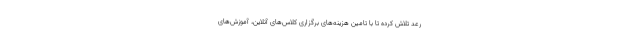
رعد تلاش کرده تا با تامین هزینه‌های برگزاری کلاس‌های آنلاین، آموزش‌های